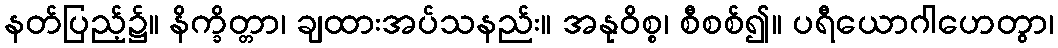
နတ်ပြည့်၌။ နိက္ခိတ္တာ၊ ချထားအပ်သနည်း။ အနုဝိစ္စ၊ စီစစ်၍။ ပရီယောဂါဟေတွာ၊